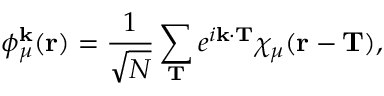
\phi _ { \mu } ^ { \mathbf { k } } ( \mathbf { r } ) = \frac { 1 } { \sqrt { N } } \sum _ { \mathbf { T } } e ^ { i \mathbf { k } \cdot \mathbf { T } } \chi _ { \mu } ( \mathbf { r } - \mathbf { T } ) ,